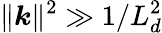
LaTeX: \| \boldsymbol{k}\| ^{2}\gg 1/L_{d}^{2}